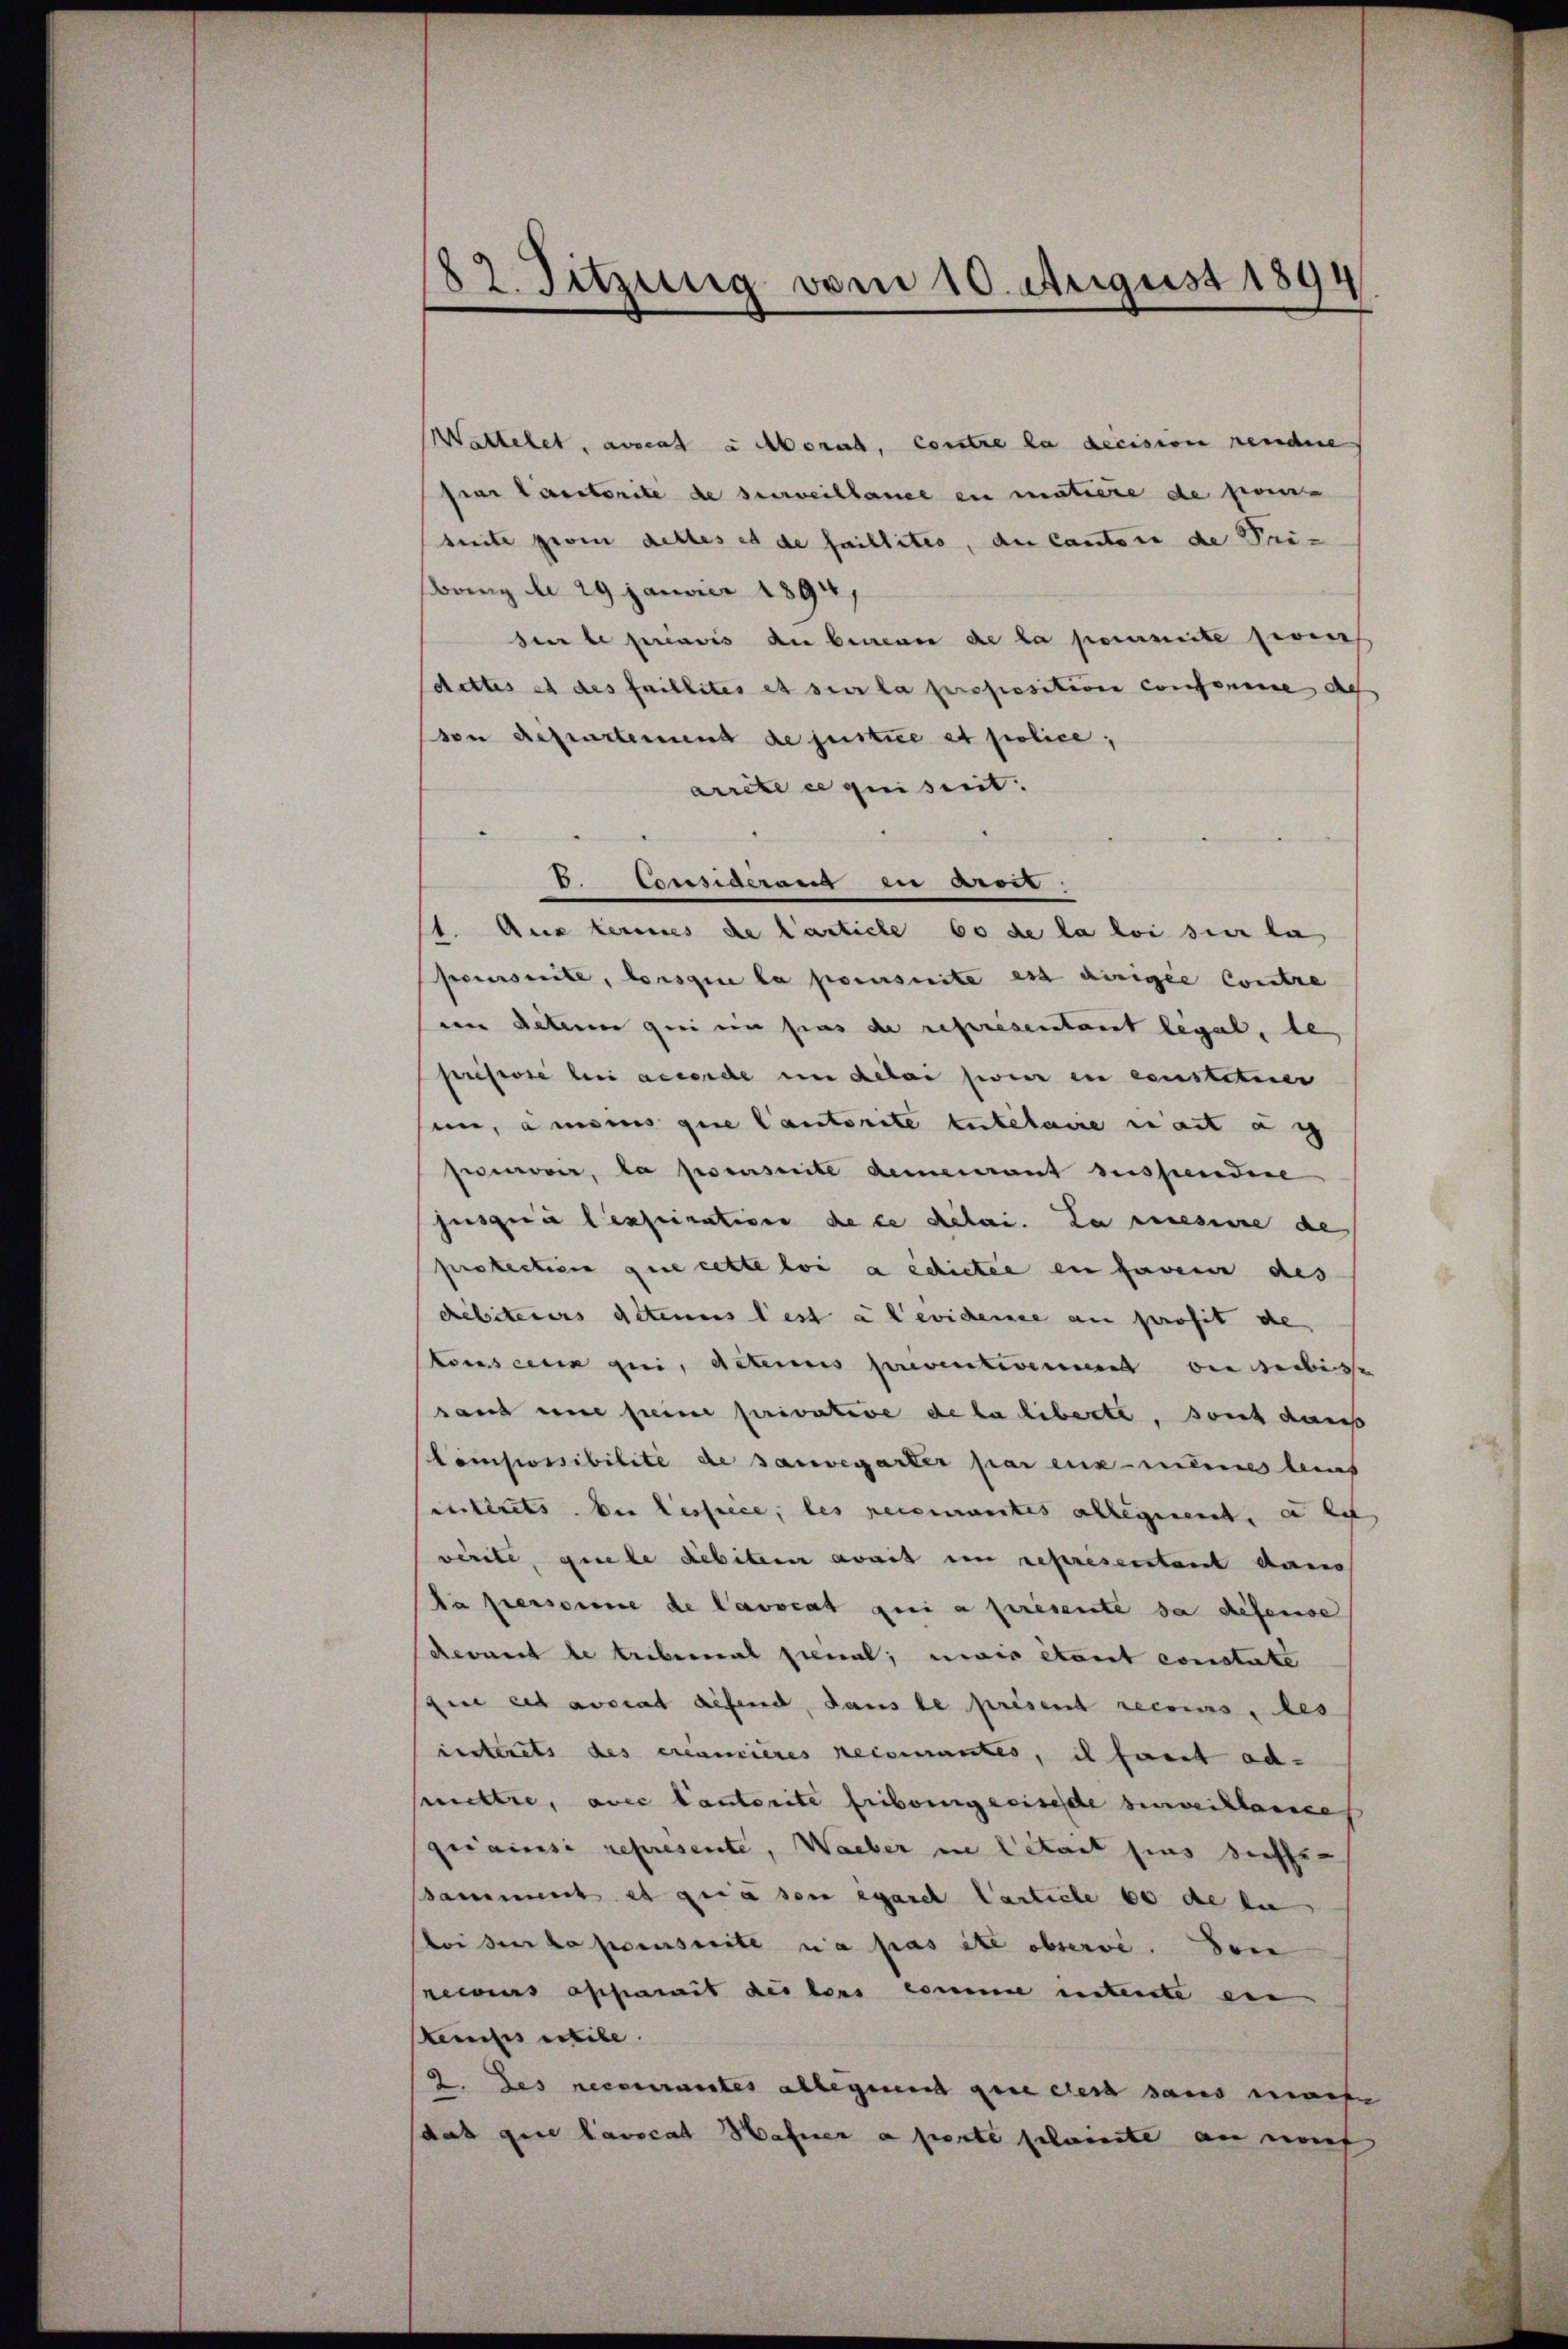
182. Sitzung vom 10. August 1894

Wattehet, anseat u Morit, contre la decision rendere
frei Caritorite de surveillance in matière de pour
suite prom dettes et de faillites, der Cantone de Priang d. 29 Janvier 1894,
sur le préavis du bureau de la permite zweit
dettes et des faillites et sur la proposition conforme des
von Repartement de justice et police,
arrete e qui seit
b. Considérant en droit
1. Aus termines de l’article 60 de la loi sur la
Poursuite, lorsque la poursuite ess dirigée Contre
seen Lebenen gei ein sies de représentant legal, le
pressore bei accorde in delai sei en constituer
in, amois que Cantorite tutélaire nait a g
sir, la prescrite demeurant suspendire
jusque lexpiration de ce delei. La mesure de
protection que cette loi a edictée en faveur des
debiterers detenes lest a levidene an profit de
kons ceux qui, detens preventiennen von Seebige
sand eine seine privative de la liberte, sont dans
Compossibilité de sauvegarter par eux-meine leis
interets die Verstice, les recommentes allegien, e bis
verite, quele debiter avait in represenstant dano
da personne de lavocat qui a presente da defense
devant le tribemal sonal; weis etont constate
gir cet avocat difend, dans le présent recrius, des
eisterets des créancieres Reismantes, il faut ad-
smettre, avec tanterite Fribourgeoisische bereiklause
grainsi represente, Waeber in litaet sies diesen
samment et gelasen egarch Carticle so die zu
boi sur la pensuite n’a pas ite observe. Den
recours apparmit des lors comme intente ein
Pensis extile.
2. Des reconnantes allegend gene des sans mache
daz gute lasscat Hafner a perte scheinte an nach